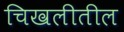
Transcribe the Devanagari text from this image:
चिखलीतील